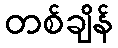
တစ်ချိန်